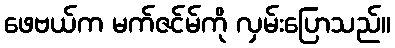
ဖေဗယ်က မက်ဇင်မ်ကို လှမ်းပြောသည်။